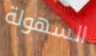
السهولة